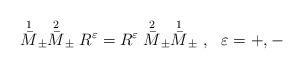
LaTeX: \begin{align*}\stackrel{1}{\bar M}_\pm\stackrel{2}{\bar M}_\pm R^\varepsilon =R^\varepsilon\stackrel{2}{\bar M}_\pm\stackrel{1}{\bar M}_\pm\ ,\ \ \varepsilon = + , -\\\end{align*}